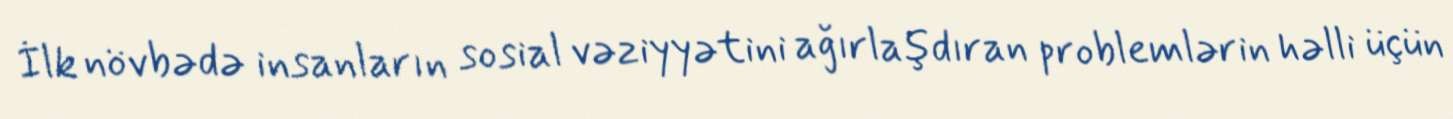
İlk növbədə insanların sosial vəziyyətini ağırlaşdıran problemlərin həlli üçün